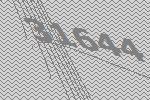
31644